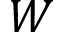
W